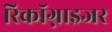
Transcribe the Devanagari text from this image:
रिकॉग्नाइजर